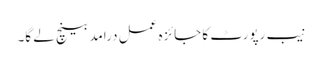
نیب رپورٹ کا جائزہ عمل درامد بینچ لے گا۔